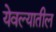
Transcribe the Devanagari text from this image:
येवल्यातील